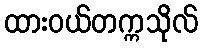
ထားဝယ်တက္ကသိုလ်